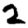
Digit: 2